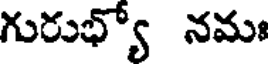
గురుభ్యో నమః